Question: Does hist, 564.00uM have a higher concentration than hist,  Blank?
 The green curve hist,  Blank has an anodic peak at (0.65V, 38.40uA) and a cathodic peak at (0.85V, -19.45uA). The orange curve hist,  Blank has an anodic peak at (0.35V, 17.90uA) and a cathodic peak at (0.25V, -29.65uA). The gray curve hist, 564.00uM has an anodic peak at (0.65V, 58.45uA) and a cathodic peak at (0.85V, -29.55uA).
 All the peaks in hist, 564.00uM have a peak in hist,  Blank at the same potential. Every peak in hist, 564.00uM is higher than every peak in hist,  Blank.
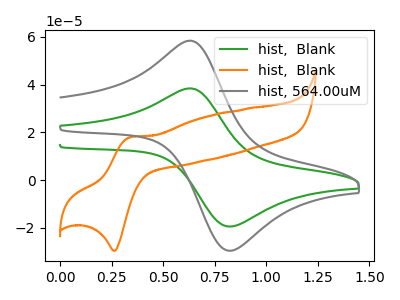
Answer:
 <answer>"hist, 564.00uM" has more signal than "hist,  Blank" and so likely has a higher concentration.</answer>
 <eval>more_concentration</eval>